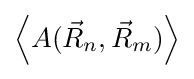
\left\langle A({\vec {R}}_{n},{\vec {R}}_{m})\right\rangle